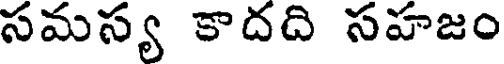
సమస్య కాదది సహజం